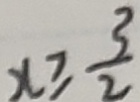
x \geq \frac { 3 } { 2 }